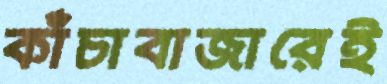
কাঁচাবাজারেই